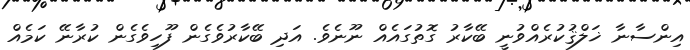
އިންސާނާ ޚަލްޤުކުރެއްވުނީ ބޭކާރު ގޮތުގައެއް ނޫނެވެ. އަދި ބޭކާރުވެގެން ފޫހިވެގެން ކުރާނޭ ކަމެއް